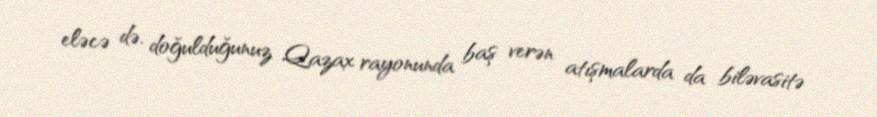
eləcə də, doğulduğunuz Qazax rayonunda baş verən atışmalarda da biləvasitə